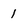
Character: 1